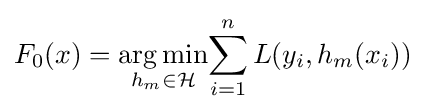
F_{0}(x)={\underset {h_{m}\in {\mathcal {H}}}{\arg \min }}{\sum _{i=1}^{n}{L(y_{i},h_{m}(x_{i}))}}